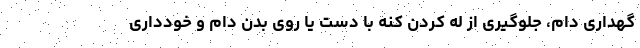
گهداری دام، جلوگیری از له کردن کنه با دست یا روی بدن دام و خودداری